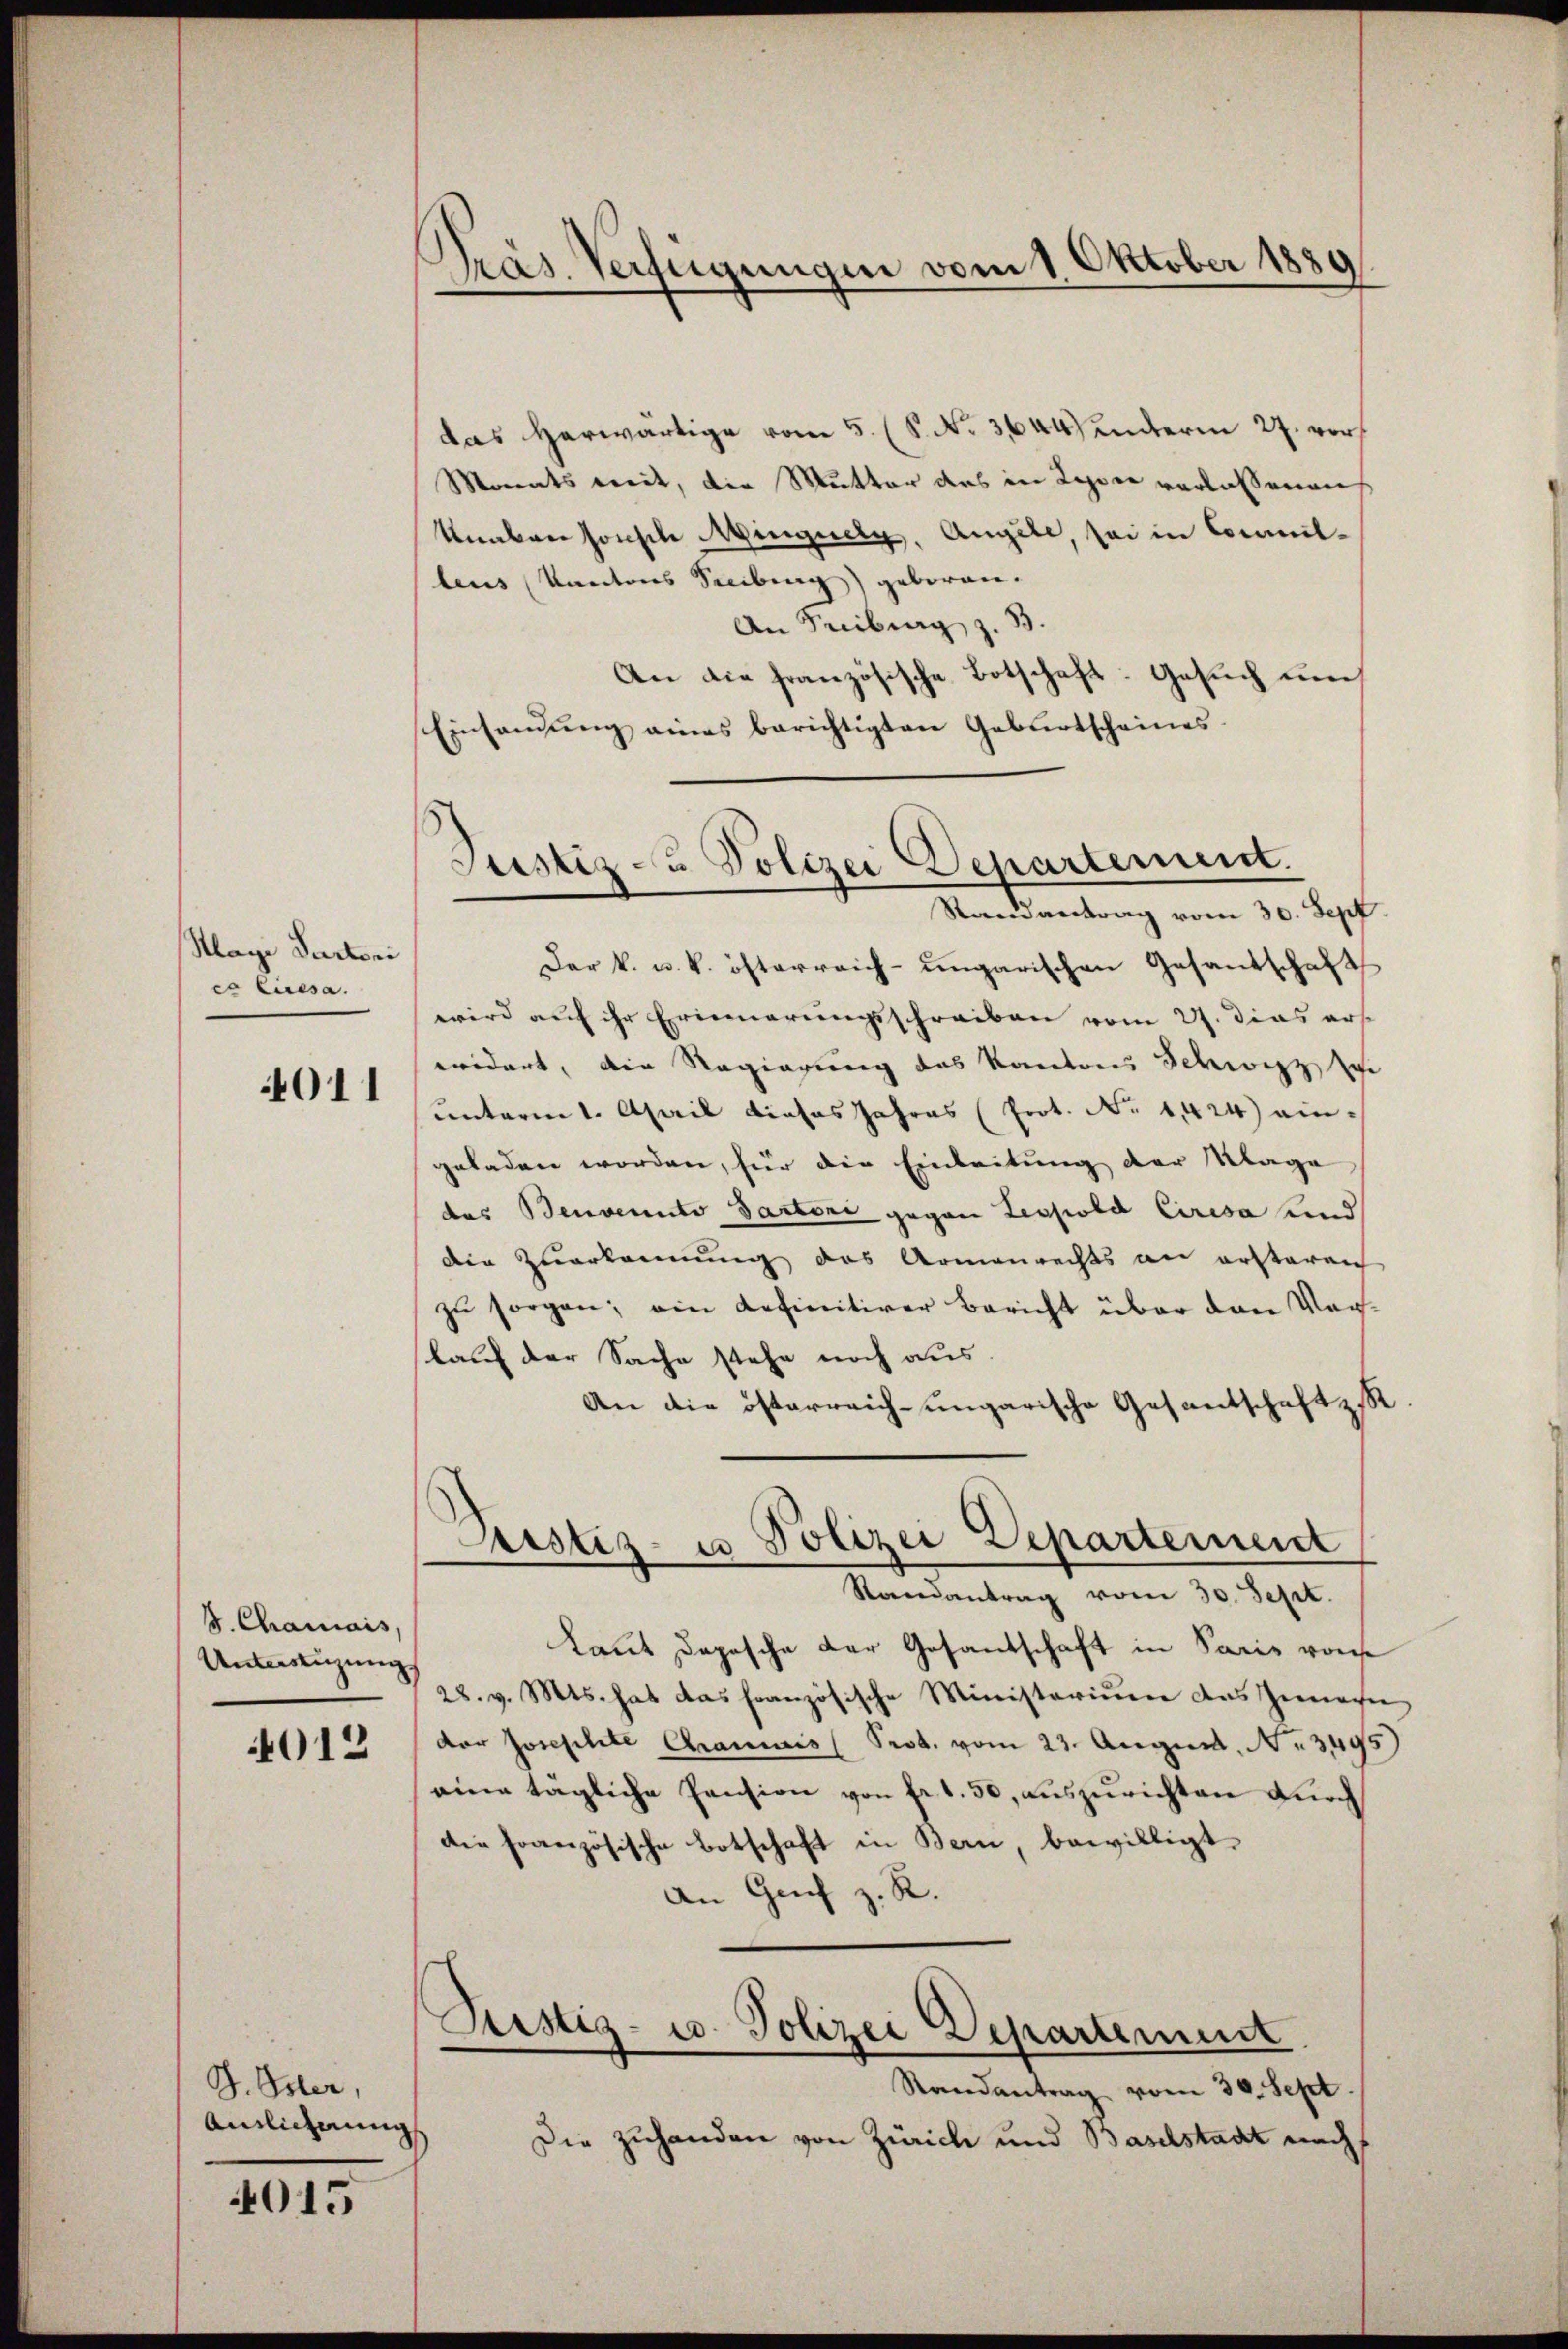
Klage Partoni
c liresa.
4011

B. Chamais,
Unterstüzung

4012

J. Isler,
Ainlicherung

4015

Pras. Verfügungen vom 1. Oktober 1889

das Herwärtige vom 5. (S. No 3644) unterm 27. vor
Monats weit, die Mutter das in Lyser verlassenen
Knaben sonsche Minguely, Angele, sei in Commitleus Kantons Treibung) geboren.
An Freiburg z. B.
An die französische Botschaft: Gesuch um
Einsamung eines berichtigten Geburtscheines
Der k. u. k. österreich-ungarischen Gesandschaft
wird auf ihr Erinnerungsschreiben vom 27. dies ers
eridert, die Regierung des Kantons Schwitz se
unterm 1. April dieses Jahres (Prot. No 1424) ein-
geladen worden, für die Einleitung der Klage
das Benvenuto Partoni gegen Leopold Ciresa und
die Zuerkennung des Armenrechts an ersteren
zŭ sorgen; ein definitiver Bericht über den Vor
lauf der Sache stehe noch aus
An die österreich-ungarische Gesantschaftsst
Justiz- u Polizei Departement
Randantrag vom 30. Sept.
Laut Depesche der Gesandschaft in Paris von
28. v. Mts. hat das französische Ministerium das Inner
der Josephite Chrancis Prob. vom 23. August. N. 349
eine tägliche Pension von fr. 1. 50, auszurichten durch
die Französische Botschaft in Bern, bewilligt.
An Genf z. R.
Sistiz- u. Polizei Departement
Randantrag vom 30. Sept.
Die Zuhanden von Zürich und Baselstadt ein
d

Justiz- & Polizei Departement.
Randantrag vom 30. Sept